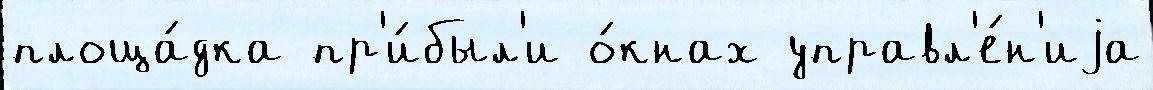
площа́дка пр'и́был'и о́кнах управл'е́н'иjа